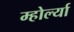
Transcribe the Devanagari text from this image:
म्होर्ल्या